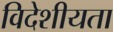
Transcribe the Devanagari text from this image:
विदेशीयता